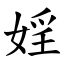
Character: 婬